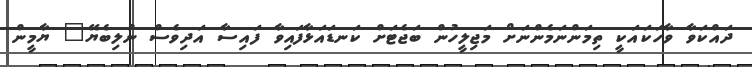
ދައްކަވާ ވާހަކައަކީ ތިމަންނަމެންނަށް މަޖިލީހުން ބަޖެޓަށް ކަނޑައަޅާފައިވާ ފައިސާ އަދިވެސް ނުލިބެޔޭ" ޔާމީން